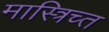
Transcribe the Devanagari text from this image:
मास्त्रिच्त